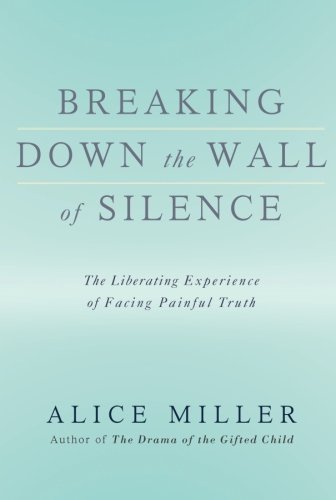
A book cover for Breaking Down the Wall of Silence: The Liberating Experience of Facing Painful Truth; Alice Miller; Politics & Social Sciences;